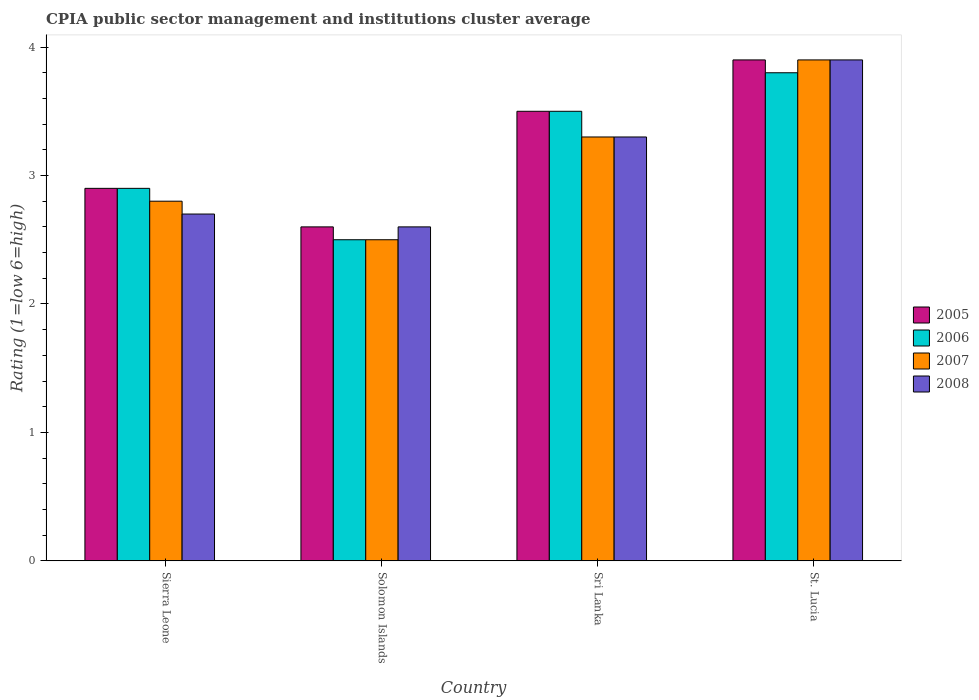
| Country | 2005 | 2006 | 2007 | 2008 |
 | --- | --- | --- | --- | --- |
 | Sierra Leone | 2.9 | 2.9 | 2.8 | 2.7 |
 | Solomon Islands | 2.6 | 2.5 | 2.5 | 2.6 |
 | Sri Lanka | 3.5 | 3.5 | 3.3 | 3.3 |
 | St. Lucia | 3.9 | 3.8 | 3.9 | 3.9 |